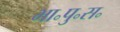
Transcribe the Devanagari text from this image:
भा॰पु॰स॰